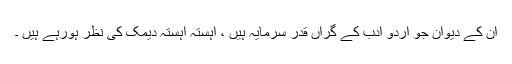
ان کے دیوان جو اردو ادب کے گراں قدر سرمایہ ہیں ، آہستہ آہستہ دیمک کی نظر ہورہے ہیں ۔